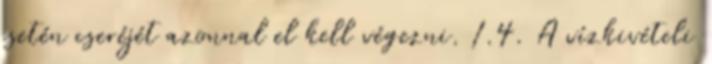
esetén cseréjét azonnal el kell végezni. 1.4. A vízkivételi